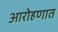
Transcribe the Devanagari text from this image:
आरोहणात